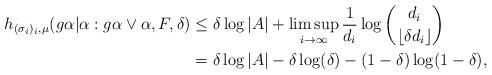
LaTeX: \begin{align*}h_{(\sigma_{i})_{i},\mu}(g\alpha|\alpha:g\alpha \vee \alpha, F,\delta )&\leq \delta \log |A|+\limsup_{i\to\infty}\frac{1}{d_{i}}\log \binom{d_{i}}{\lfloor{\delta d_{i}\rfloor}}\\&= \delta \log|A|-\delta \log(\delta)-(1-\delta)\log(1-\delta),\end{align*}